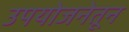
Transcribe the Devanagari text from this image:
उपयोजनेतून